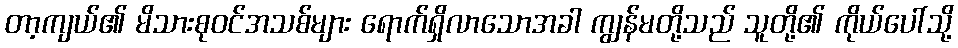
တာ့ကျယ်၏ မိသားစုဝင်အသစ်များ ရောက်ရှိလာသောအခါ ကျွန်မတို့သည် သူတို့၏ ကိုယ်ပေါ်သို့